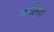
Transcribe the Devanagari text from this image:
जननिंदा